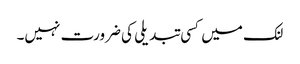
لنک میں کسی تبدیلی کی ضرورت نہیں۔